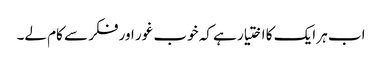
اب ہر ایک کا اختیار ہے کہ خوب غور اور فکر سے کام لے۔